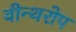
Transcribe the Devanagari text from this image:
वीन्थरोप